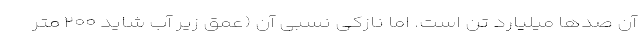
آن صد‌ها میلیارد تن است. اما نازکی نسبی آن (عمق زیر آب شاید ۲۰۰ متر